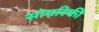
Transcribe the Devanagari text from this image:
सोयरिकी